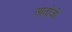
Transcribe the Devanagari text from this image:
आतोज़ी